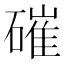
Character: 磪